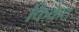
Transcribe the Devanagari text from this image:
किक्रेट